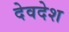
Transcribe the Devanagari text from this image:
देवदेश